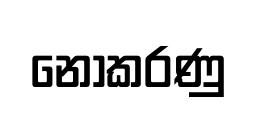
නොකරණු